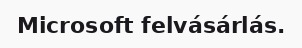
Microsoft felvásárlás.